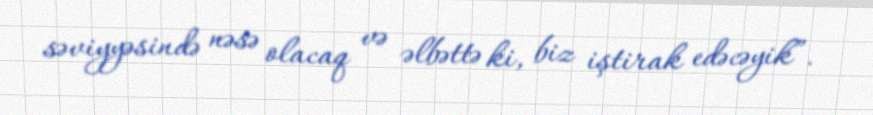
səviyyəsində nəsə olacaq və əlbəttə ki, biz iştirak edəcəyik”.